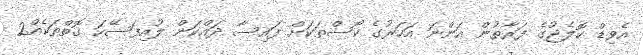
އެވިޑް ކޮލެޖުގެ ފަރާތުން އަންނަ އަހަރުގެ ކޯސްތަކަށް ފައިސާ ދައްކަން ލުއިފަސޭހަ ގޮތްތަކެއް2